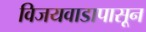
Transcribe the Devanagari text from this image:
विजयवाडापासून